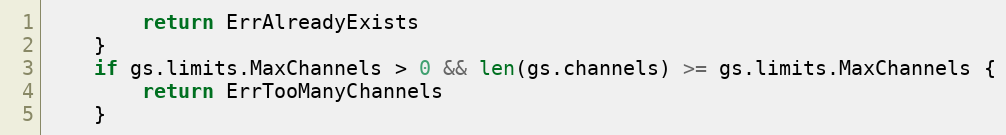
Language: Go
		return ErrAlreadyExists
	}
	if gs.limits.MaxChannels > 0 && len(gs.channels) >= gs.limits.MaxChannels {
		return ErrTooManyChannels
	}